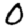
Digit: 0